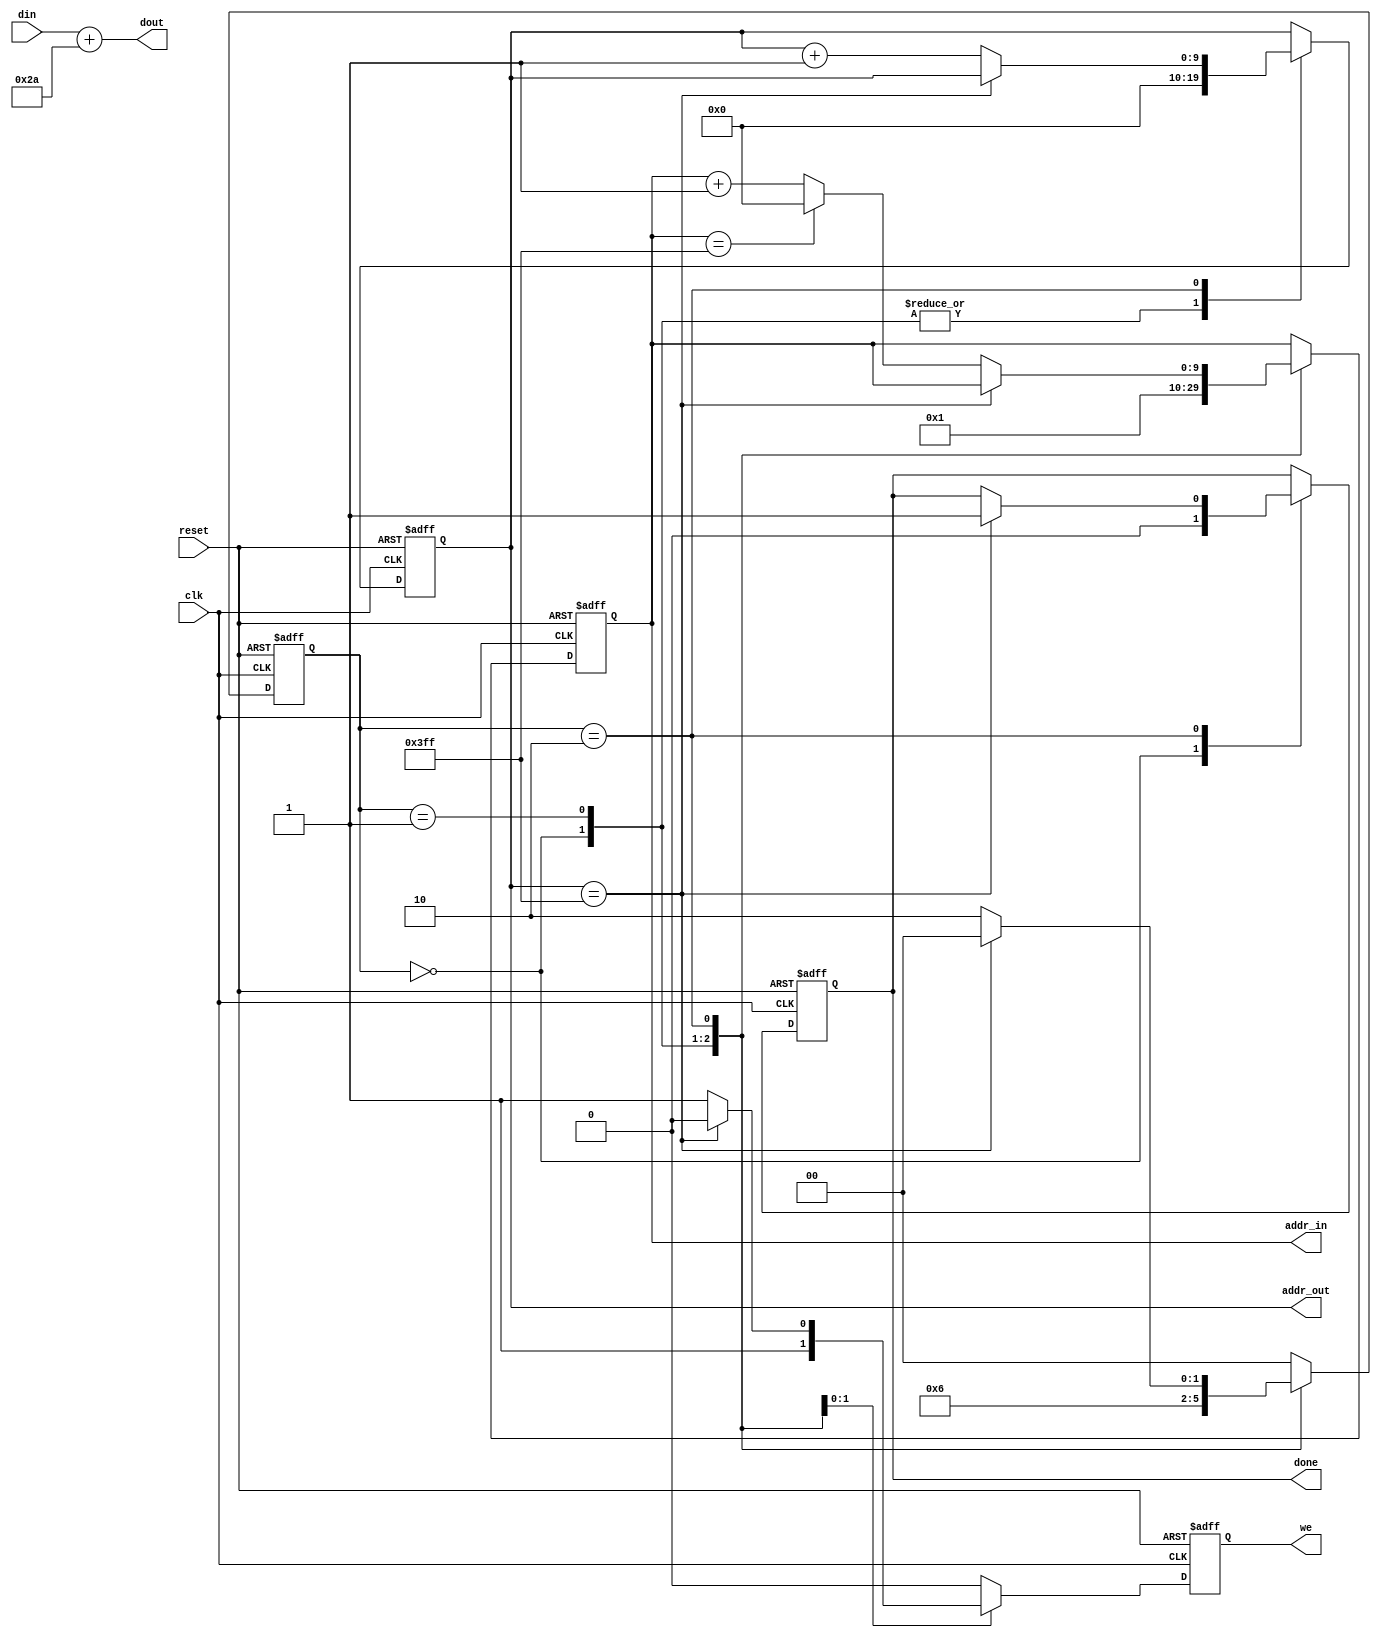
`timescale 1ns / 1ps

module memtransfer(
    input clk,
    input reset,
    input [7:0] din,
	 output reg [9:0] addr_in,
    output [7:0] dout,
	 output reg [9:0] addr_out,
//    output re1, // Optional if you want to have separate read enable
    output reg we,
	 output reg done   // Goes high to signify completion of the operation
    );

	parameter [1:0]
		st_IDLE = 'd0,
		st_RD1  = 'd1,
		st_RDWR = 'd2;

	reg [1:0] state;

	always @(posedge clk or posedge reset) begin
		if (reset) begin
			state <= st_IDLE;
			addr_in <= 'd0;
			addr_out <= 'd0;
			done <= 'b0;
			we <= 'b0;
		end else begin
			case (state) 
				st_IDLE: begin
					addr_in <= 'd0;
					addr_out <= 'd0;
					done <= 'b0;
					we <= 'b0;
					state <= st_RD1;
				end
				st_RD1: begin
					addr_in <= 'd1; // will take effect next cycle
					state <= st_RDWR;
					addr_out <= 'd0; // already 0, but confirm as per timing diagram
					we <= 'b1;       // we will write in the next cycle
				end
				st_RDWR: begin
					if (addr_out == 'd1023) begin // finished writing all data
						state <= st_IDLE;
						we <= 'b0;
						done <= 'b1;   // will be high in next one cycle alone
					end else begin
						if (addr_in == 'd1023) // not really necessary in this case
							addr_in <= 'd0;
						else 
							addr_in <= addr_in + 'd1; // next read address
						state <= st_RDWR;      // remain in same state
						addr_out <= addr_out + 'd1;  // next addr to write
						we <= 'b1;             // keep writing
					end
				end
				default: begin
					we <= 'd0; // don't write unless you want to
					state <= st_IDLE; // return to IDLE state if unknown
				end
			endcase
		end
	end

	// always perform computation on the input data: continuous assign
	assign dout = din + 'd42;  // add 42 to the input value.  Just for example.

endmodule